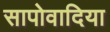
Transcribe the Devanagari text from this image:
सापोवादिया